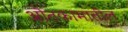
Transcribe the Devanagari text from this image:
ओतकामातील